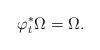
LaTeX: \begin{align*}\varphi_t^* \Omega = \Omega.\end{align*}